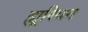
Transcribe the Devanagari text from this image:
ह्यूरियन